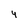
Character: 4